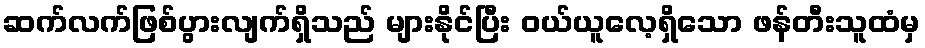
ဆက်လက်ဖြစ်ပွားလျက်ရှိသည် များနိုင်ပြီး ဝယ်ယူလေ့ရှိသော ဖန်တီးသူထံမှ